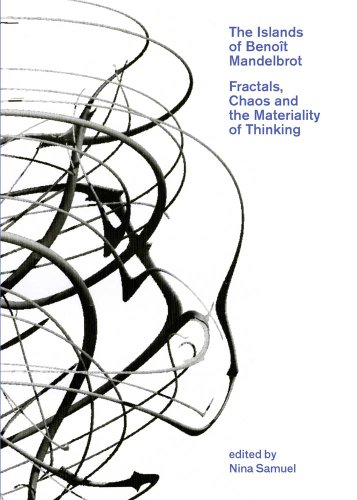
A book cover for The Islands of BenoÃ®t Mandelbrot: Fractals, Chaos, and the Materiality of Thinking (Bard Graduate Center for Studies in the Decorative Arts, Design & Culture); Science & Math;